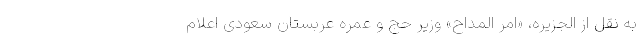
به نقل از الجزیره، «امر المداح» وزیر حج و عمره عربستان سعودی اعلام